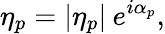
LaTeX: \eta_{p}=|\eta_{p}|\: e^{i\alpha_{p}},